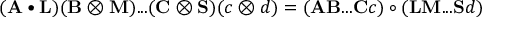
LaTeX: ( \mathbf { A } \bullet \mathbf { L } ) ( \mathbf { B } \otimes \mathbf { M } ) . . . ( \mathbf { C } \otimes \mathbf { S } ) ( c \otimes d ) = ( \mathbf { A } \mathbf { B } . . . \mathbf { C } c ) \circ ( \mathbf { L } \mathbf { M } . . . \mathbf { S } d )